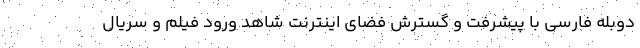
دوبله فارسی با پیشرفت و گسترش فضای اینترنت شاهد ورود فیلم و سریال